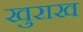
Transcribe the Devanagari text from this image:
खुराख